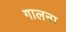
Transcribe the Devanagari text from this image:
गालना